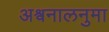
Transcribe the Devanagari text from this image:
अश्वनालनुमा